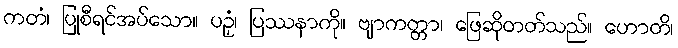
ကတံ၊ ပြုစီရင်အပ်သော။ ပဉှံ၊ ပြဿနာကို။ ဗျာကတ္တာ၊ ဖြေဆိုတတ်သည်။ ဟောတိ၊